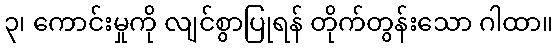
၃၊ ကောင်းမှုကို လျင်စွာပြုရန် တိုက်တွန်းသော ဂါထာ။